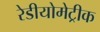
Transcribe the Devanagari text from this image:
रेडीयोमेट्रीक